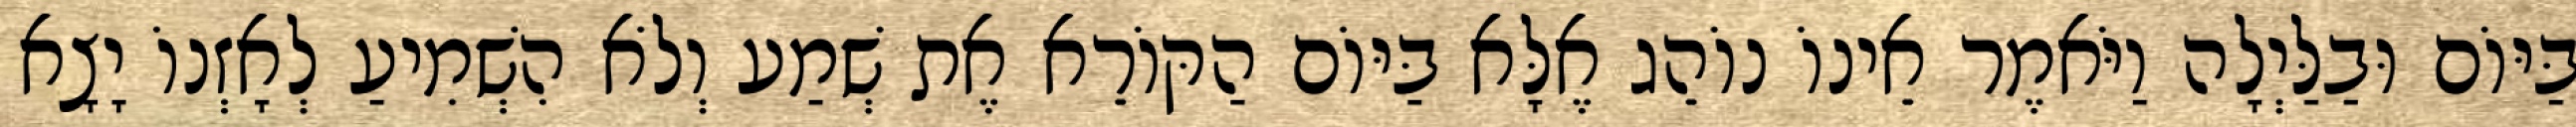
בַּיּוֹם וּבַלַּיְלָה וַיֹּאמֶר אֵינוֹ נוֹהֵג אֶלָּא בַּיּוֹם הַקּוֹרֵא אֶת שְׁמַע וְלֹא הִשְׁמִיעַ לְאָזְנוֹ יָצָא